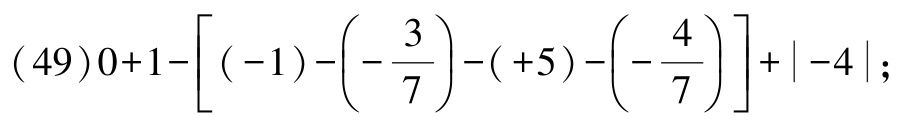
\((49)0 + 1 - \left[(-1)-\left(-\dfrac{3}{7}\right)-(+5)-\left(-\dfrac{4}{7}\right)\right]+\vert - 4\vert;\)